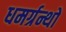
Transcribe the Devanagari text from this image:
धमर्ग्रन्थों